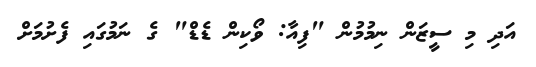
އަދި މި ސީޒަން ނިމުމުން "ފިއާ: ވޯކިން ޑެޑް" ގެ ނަމުގައި ފެށުމަށް